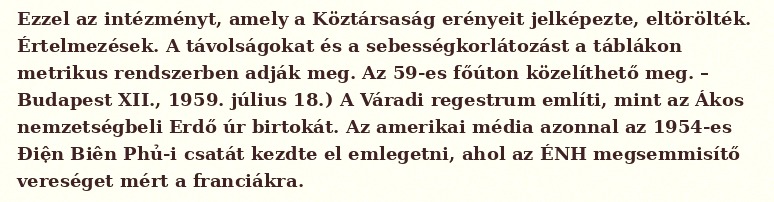
Ezzel az intézményt, amely a Köztársaság erényeit jelképezte, eltörölték. Értelmezések. A távolságokat és a sebességkorlátozást a táblákon metrikus rendszerben adják meg. Az 59-es főúton közelíthető meg. – Budapest XII., 1959. július 18.) A Váradi regestrum említi, mint az Ákos nemzetségbeli Erdő úr birtokát. Az amerikai média azonnal az 1954-es Điện Biên Phủ-i csatát kezdte el emlegetni, ahol az ÉNH megsemmisítő vereséget mért a franciákra.